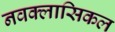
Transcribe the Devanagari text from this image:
नवक्लासिकल